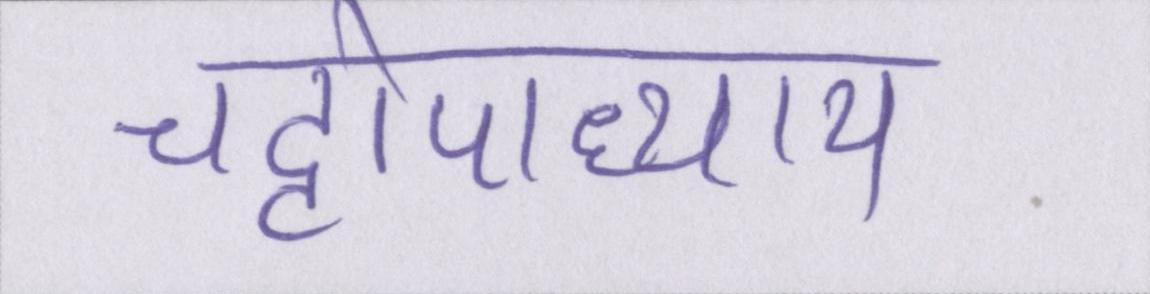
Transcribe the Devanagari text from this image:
चट्टोपाध्याय